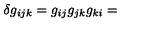
\delta { } g _ { i j k } = g _ { i j } g _ { j k } g _ { k i } =